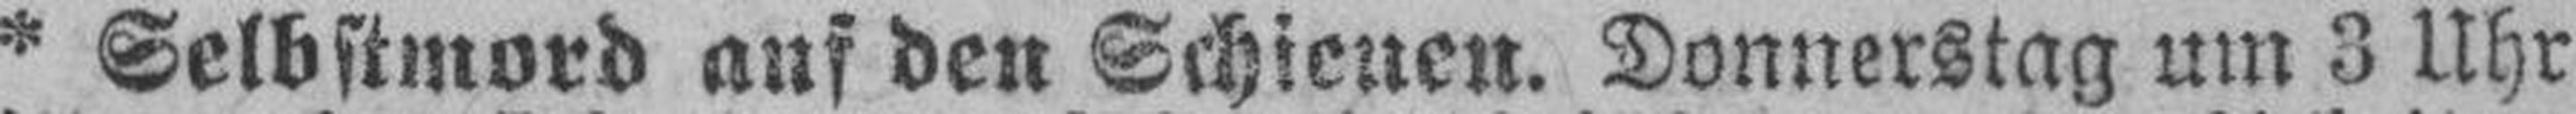
* Selbstmord auf den Schienen. Donnerstag um 3 Uhr